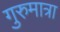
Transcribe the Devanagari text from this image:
गुरुमात्रा